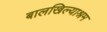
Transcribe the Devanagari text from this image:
बालखिल्याश्रम